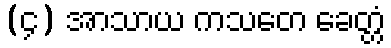
(၄) အာသာယ ကသတေ ခေတ္တံ